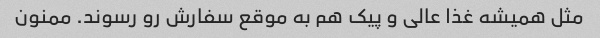
مثل همیشه غذا عالی و پیک هم به موقع سفارش رو رسوند. ممنون